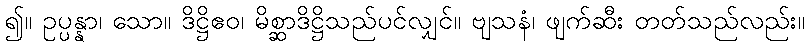
၍။ ဥပ္ပန္နာ၊ သော။ ဒိဋ္ဌိဧဝ၊ မိစ္ဆာဒိဋ္ဌိသည်ပင်လျှင်။ ဗျသနံ၊ ဖျက်ဆီး တတ်သည်လည်း။